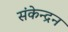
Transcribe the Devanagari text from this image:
संकेन्द्रन